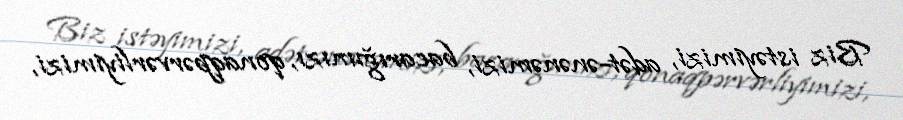
Biz istəyimizi, adət-ənənəmizi, bacarığımızı, qonaqpərvərliyimizi,